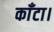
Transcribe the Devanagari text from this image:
काँटा।